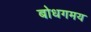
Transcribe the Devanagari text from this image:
बोधगमय